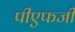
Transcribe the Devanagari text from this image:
पीएफजी